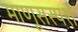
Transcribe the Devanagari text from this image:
माणूसस्पर्श